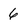
Character: 6